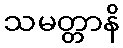
သမတ္တာနိ